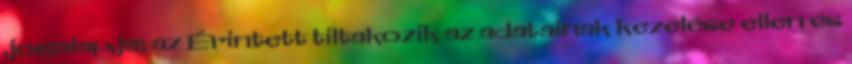
jogalapja; az Érintett tiltakozik az adatainak kezelése ellen és